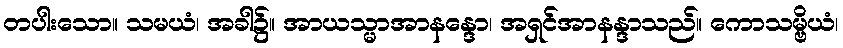
တပါးသော။ သမယံ၊ အခါ၌။ အာယသ္မာအာနန္ဒော၊ အရှင်အာနန္ဒာသည်။ ကောသမ္ဗိယံ၊